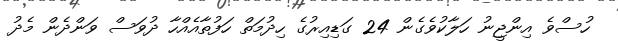
ހުސްވެ އިންޖީނު ހަލާކުވެގެން 24 ގަޑިއިރުގެ ހިދުމަތް ހަފުތާއެއްހާ ދުވަސް ވަންދެން މެދު